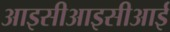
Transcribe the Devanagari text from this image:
आइसीआइसीआई